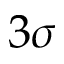
3 \sigma